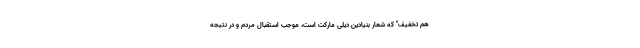
هم تخفیف" که شعار بنیادین دیلی مارکت است، موجب استقبال مردم و در نتیجه